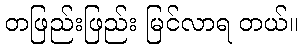
တဖြည်းဖြည်း မြင်လာရ တယ်။